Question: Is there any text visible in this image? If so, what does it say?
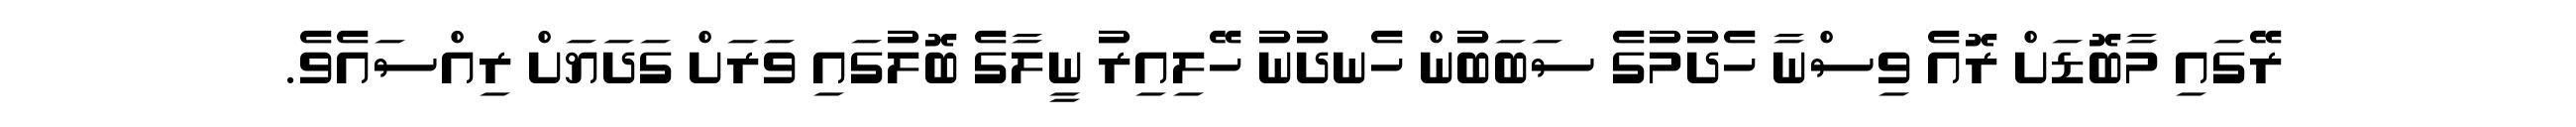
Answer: ރޭގައި މާބޮޑަށް ރޮއެ ވިސްނާ ހެދުމުގެ ސަބަބުން ހެނދުނު ހޭލިއިރު ނީލާގެ ބޮލުގައި ވަރަށް ގަދަޔަށް ރިއްސައެވެ.